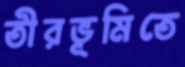
তীরভূমিতে